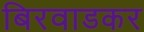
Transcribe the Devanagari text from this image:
बिरवाडकर